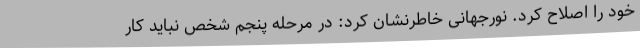
خود را اصلاح کرد. نورجهانی خاطرنشان کرد: در مرحله پنجم شخص نباید کار